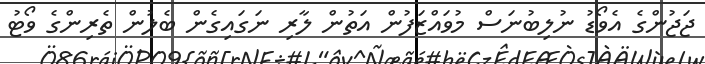
ޖަޖުންގެ އެވޯޑު ނުލިބުނަސް މުވައްޒަފުން އަތުން ލާރި ނަގައިގެން ބެލުން ތެރިންގެ ވޯޓު